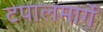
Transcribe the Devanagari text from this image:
टपालमार्गे